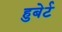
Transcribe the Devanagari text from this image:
हुबेर्ट